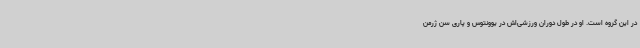
در این گروه است. او در طول دوران ورزشی‌اش در یوونتوس و پاری سن ژرمن